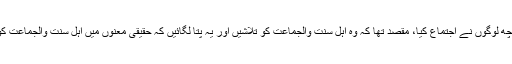
چیچنیامیں کچھ لوگوں نے اجتماع کیا، مقصد تھا کہ وہ اہل سنت والجماعت کو تلاشیں اور یہ پتا لگائیں کہ حقیقی معنوں میں اہل سنت والجماعت کون لوگ ہیں۔